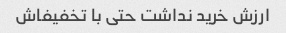
ارزش خرید نداشت حتی با تخفیفاش